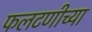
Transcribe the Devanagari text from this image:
फलटणीच्या